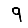
Digit: 9